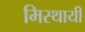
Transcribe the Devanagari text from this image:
मिस्थायी